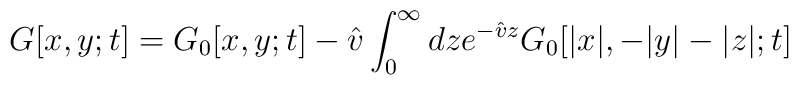
G[x, y; t] = G_0[x, y; t] - \hat{v} \int_0^{\infty} dze^{-\hat{v} z} G_0[|x|, -|y|-|z|; t]